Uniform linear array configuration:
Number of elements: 16
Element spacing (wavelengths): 0.5
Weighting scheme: exponential
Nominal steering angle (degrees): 30
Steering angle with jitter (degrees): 30.929
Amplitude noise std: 0.05
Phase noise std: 0.05

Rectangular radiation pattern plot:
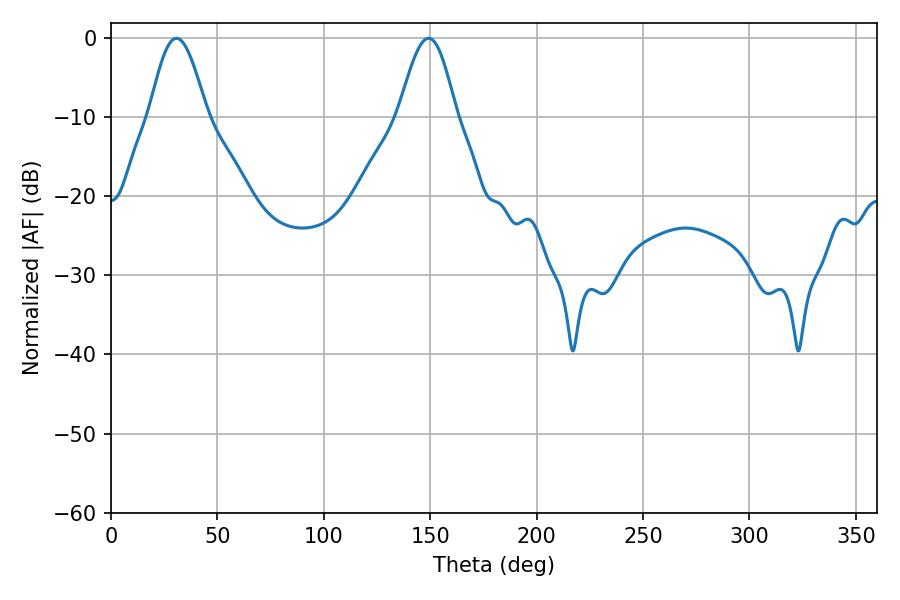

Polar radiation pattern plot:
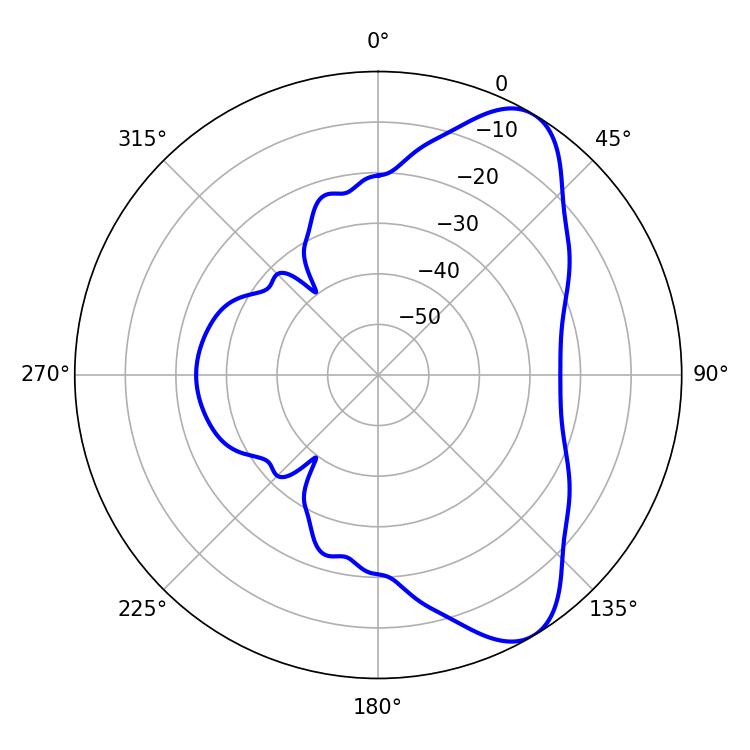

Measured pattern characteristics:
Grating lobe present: FALSE
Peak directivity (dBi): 8.115
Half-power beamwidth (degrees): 14.4
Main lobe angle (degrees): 30.78